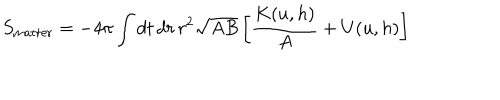
S _ { \mathrm { m a t t e r } } = - 4 \pi \int d t \, d r \, r ^ { 2 } \sqrt { A B } \left[ { \frac { K ( u , h ) } { A } } + U ( u , h ) \right]